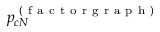
p _ { c N } ^ { \mathrm { ~ ( ~ f ~ a ~ c ~ t ~ o ~ r ~ g ~ r ~ a ~ p ~ h ~ ) ~ } }